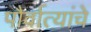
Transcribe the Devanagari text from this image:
पौर्वात्यांचे